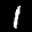
Label: 1